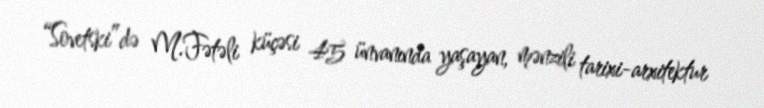
“Sovetski”də M.Fətəli küçəsi 45 ünvanında yaşayan, mənzili tarixi-arxitektur